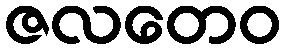
ဇလတေဝ